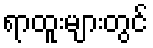
ရာထူးများတွင်